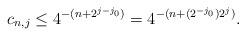
LaTeX: \begin{align*}c_{n,j}\le 4^{-(n+2^{j-j_0})}=4^{-(n+(2^{-j_0})2^{j})}.\end{align*}